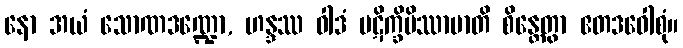
နော အယံ သောဏဒဏ္ဍော, ဟန္ဒဿ ဝါဒံ ပဋိက္ခိပိဿာမာတိ စိန္တေတွာ ဧတဒဝေါစုံ။